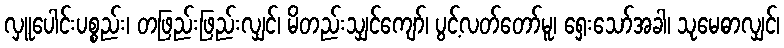
လှူပေါင်းပစ္စည်း၊ တဖြည်းဖြည်းလျှင်၊ မိတည်းသျှင်ကျော်၊ ပွင့်လတ်တော်မူ၊ ရှေးသော်အခါ၊ သုမေဓာလျှင်၊